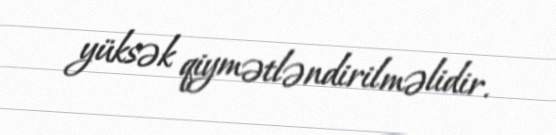
yüksək qiymətləndirilməlidir.